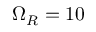
\Omega _ { R } = 1 0